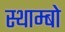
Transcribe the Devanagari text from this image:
स्थाम्बो